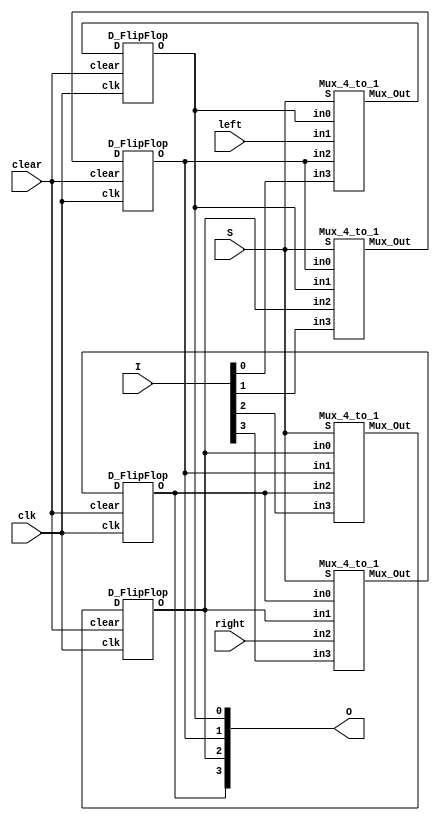
// Code your design here
`timescale 1ns / 1ps
module Universal_shift_reg(O , clk , clear, right, left , S , I);

input clk , clear ,right,left;
input [2 : 0] S ; 
input [3 : 0] I; 
output [3 : 0] O;
wire [3 : 0] D_temp;

Mux_4_to_1 inst1(D_temp[0] , S , O[0] , left , O[1] , I[0] );
Mux_4_to_1 inst2(D_temp[1] , S , O[1] , O[0] , O[2] , I[1] );
Mux_4_to_1 inst3(D_temp[2] , S , O[2] , O[1] , O[3] , I[2] );//bug_fixed
Mux_4_to_1 inst4(D_temp[3] , S , O[3] , O[2] , right , I[3] );//bug_fixed

D_FlipFlop D_inst1(O[0] , D_temp[0] , clk , clear);
D_FlipFlop D_inst2(O[1] , D_temp[1] , clk , clear);
D_FlipFlop D_inst3(O[2] , D_temp[2] , clk , clear);
D_FlipFlop D_inst4(O[3] , D_temp[3] , clk , clear);

endmodule

`timescale 1ns / 1ps

module Mux_4_to_1(Mux_Out , S , in0 , in1 , in2 , in3);

output reg Mux_Out;
input [2:0] S;
input in0 , in1 , in2 , in3 ;

always@(*)
begin
	case(S)
		
		2'b00 : Mux_Out = in0;
		2'b01 : Mux_Out = in1;
		2'b10 : Mux_Out = in2;
		2'b11 : Mux_Out = in3;
	endcase
end

endmodule
`timescale 1ns / 1ps

module D_FlipFlop(O , D , clk , clear);

input D , clk , clear;
output reg O;

always@(posedge clk)
begin
	
	if(clear == 1'b1)
		O <= 1'b0;
	else
		O <= D;
	
end
endmodule